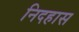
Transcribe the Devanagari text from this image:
निदहास